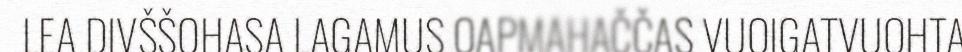
LEA DIVŠŠOHASA LAGAMUS OAPMAHAČČAS VUOIGATVUOHTA